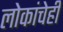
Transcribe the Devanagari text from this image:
लोकांचेही